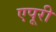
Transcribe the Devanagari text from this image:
एपूरी